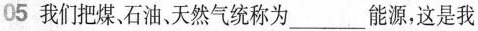
05 我们把煤、石油、天然气统称为___能源，这是我